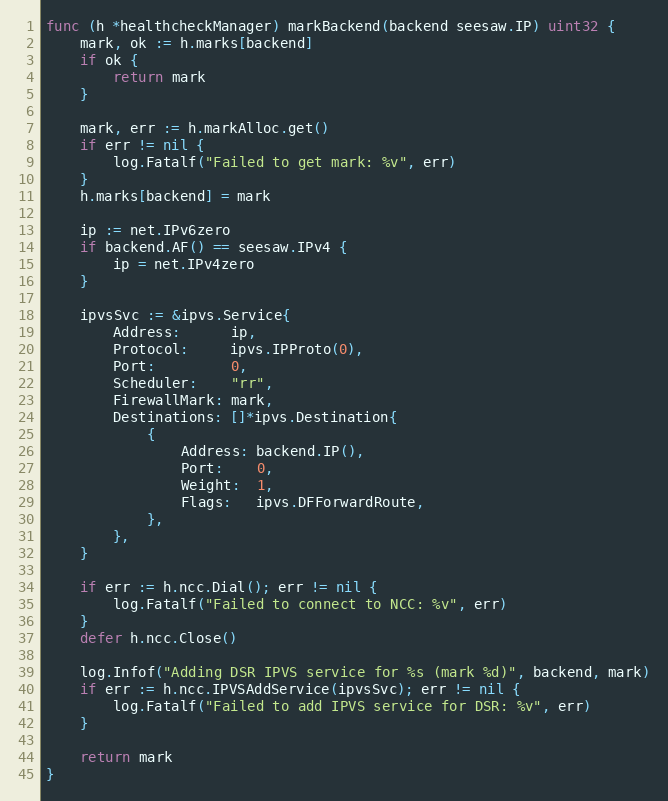
Language: Go
func (h *healthcheckManager) markBackend(backend seesaw.IP) uint32 {
	mark, ok := h.marks[backend]
	if ok {
		return mark
	}

	mark, err := h.markAlloc.get()
	if err != nil {
		log.Fatalf("Failed to get mark: %v", err)
	}
	h.marks[backend] = mark

	ip := net.IPv6zero
	if backend.AF() == seesaw.IPv4 {
		ip = net.IPv4zero
	}

	ipvsSvc := &ipvs.Service{
		Address:      ip,
		Protocol:     ipvs.IPProto(0),
		Port:         0,
		Scheduler:    "rr",
		FirewallMark: mark,
		Destinations: []*ipvs.Destination{
			{
				Address: backend.IP(),
				Port:    0,
				Weight:  1,
				Flags:   ipvs.DFForwardRoute,
			},
		},
	}

	if err := h.ncc.Dial(); err != nil {
		log.Fatalf("Failed to connect to NCC: %v", err)
	}
	defer h.ncc.Close()

	log.Infof("Adding DSR IPVS service for %s (mark %d)", backend, mark)
	if err := h.ncc.IPVSAddService(ipvsSvc); err != nil {
		log.Fatalf("Failed to add IPVS service for DSR: %v", err)
	}

	return mark
}